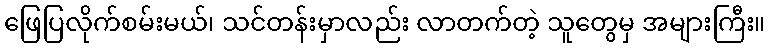
ဖြေပြလိုက်စမ်းမယ်၊ သင်တန်းမှာလည်း လာတက်တဲ့ သူတွေမှ အများကြီး။